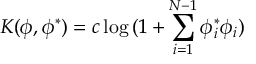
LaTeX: K ( \phi , \phi ^ { * } ) = c \log { ( 1 + \sum _ { i = 1 } ^ { N - 1 } \phi _ { i } ^ { * } \phi _ { i } ) }